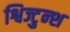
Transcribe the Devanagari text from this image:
श्विज्टुन्श